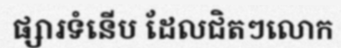
ផ្សារទំនើប ដែលជិតៗលោក